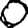
Digit: 0